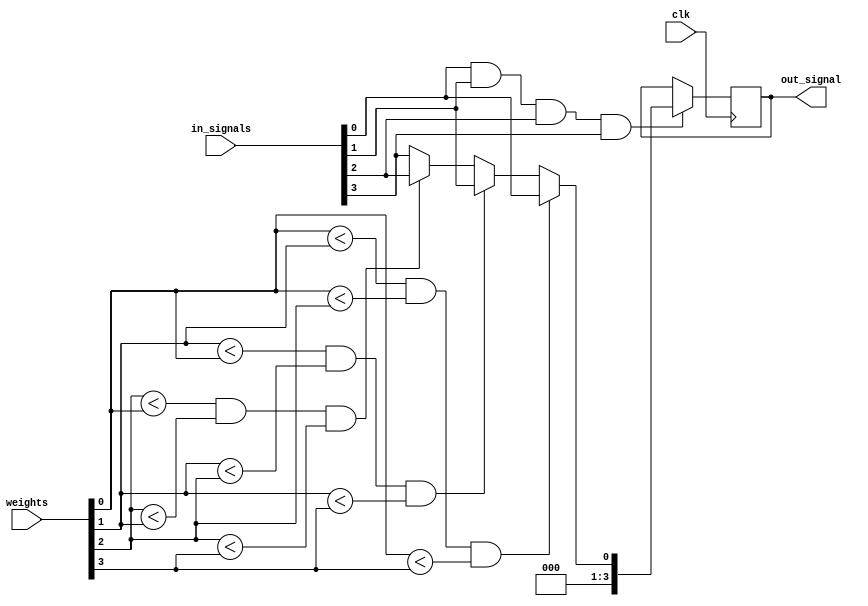
module weighted_arbiter(
    input wire clk,
    input wire [3:0] weights,
    input wire [3:0] in_signals,
    output reg [3:0] out_signal
);

reg [3:0] priority;
reg [1:0] winner;

always @(posedge clk) begin
    if(in_signals[0] && in_signals[1] && in_signals[2] && in_signals[3]) begin
        if(weights[0] < weights[1] && weights[0] < weights[2] && weights[0] < weights[3]) begin
            priority = in_signals[0];
            winner = 0;
        end else if(weights[1] < weights[0] && weights[1] < weights[2] && weights[1] < weights[3]) begin
            priority = in_signals[1];
            winner = 1;
        end else if(weights[2] < weights[0] && weights[2] < weights[1] && weights[2] < weights[3]) begin
            priority = in_signals[2];
            winner = 2;
        end else begin
            priority = in_signals[3];
            winner = 3;
        end
    end
end

always @* begin
    out_signal = priority;
end

endmodule